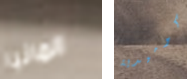
المانيا كوميدية